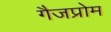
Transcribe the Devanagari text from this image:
गैजप्रोम